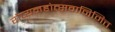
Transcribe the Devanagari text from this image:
रौप्यमहोत्सवानिमित्त